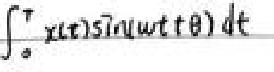
\(\int_{a}^{T} x(t)\sin(\omega t+\theta)dt\)